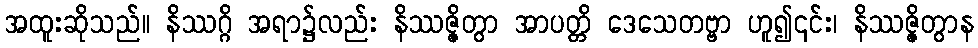
အထူးဆိုသည်။ နိဿဂ္ဂိ အရာ၌လည်း နိဿဇ္ဇိတွာ အာပတ္တိ ဒေသေတဗ္ဗာ ဟူ၍၎င်း၊ နိဿဇ္ဇိတွာန